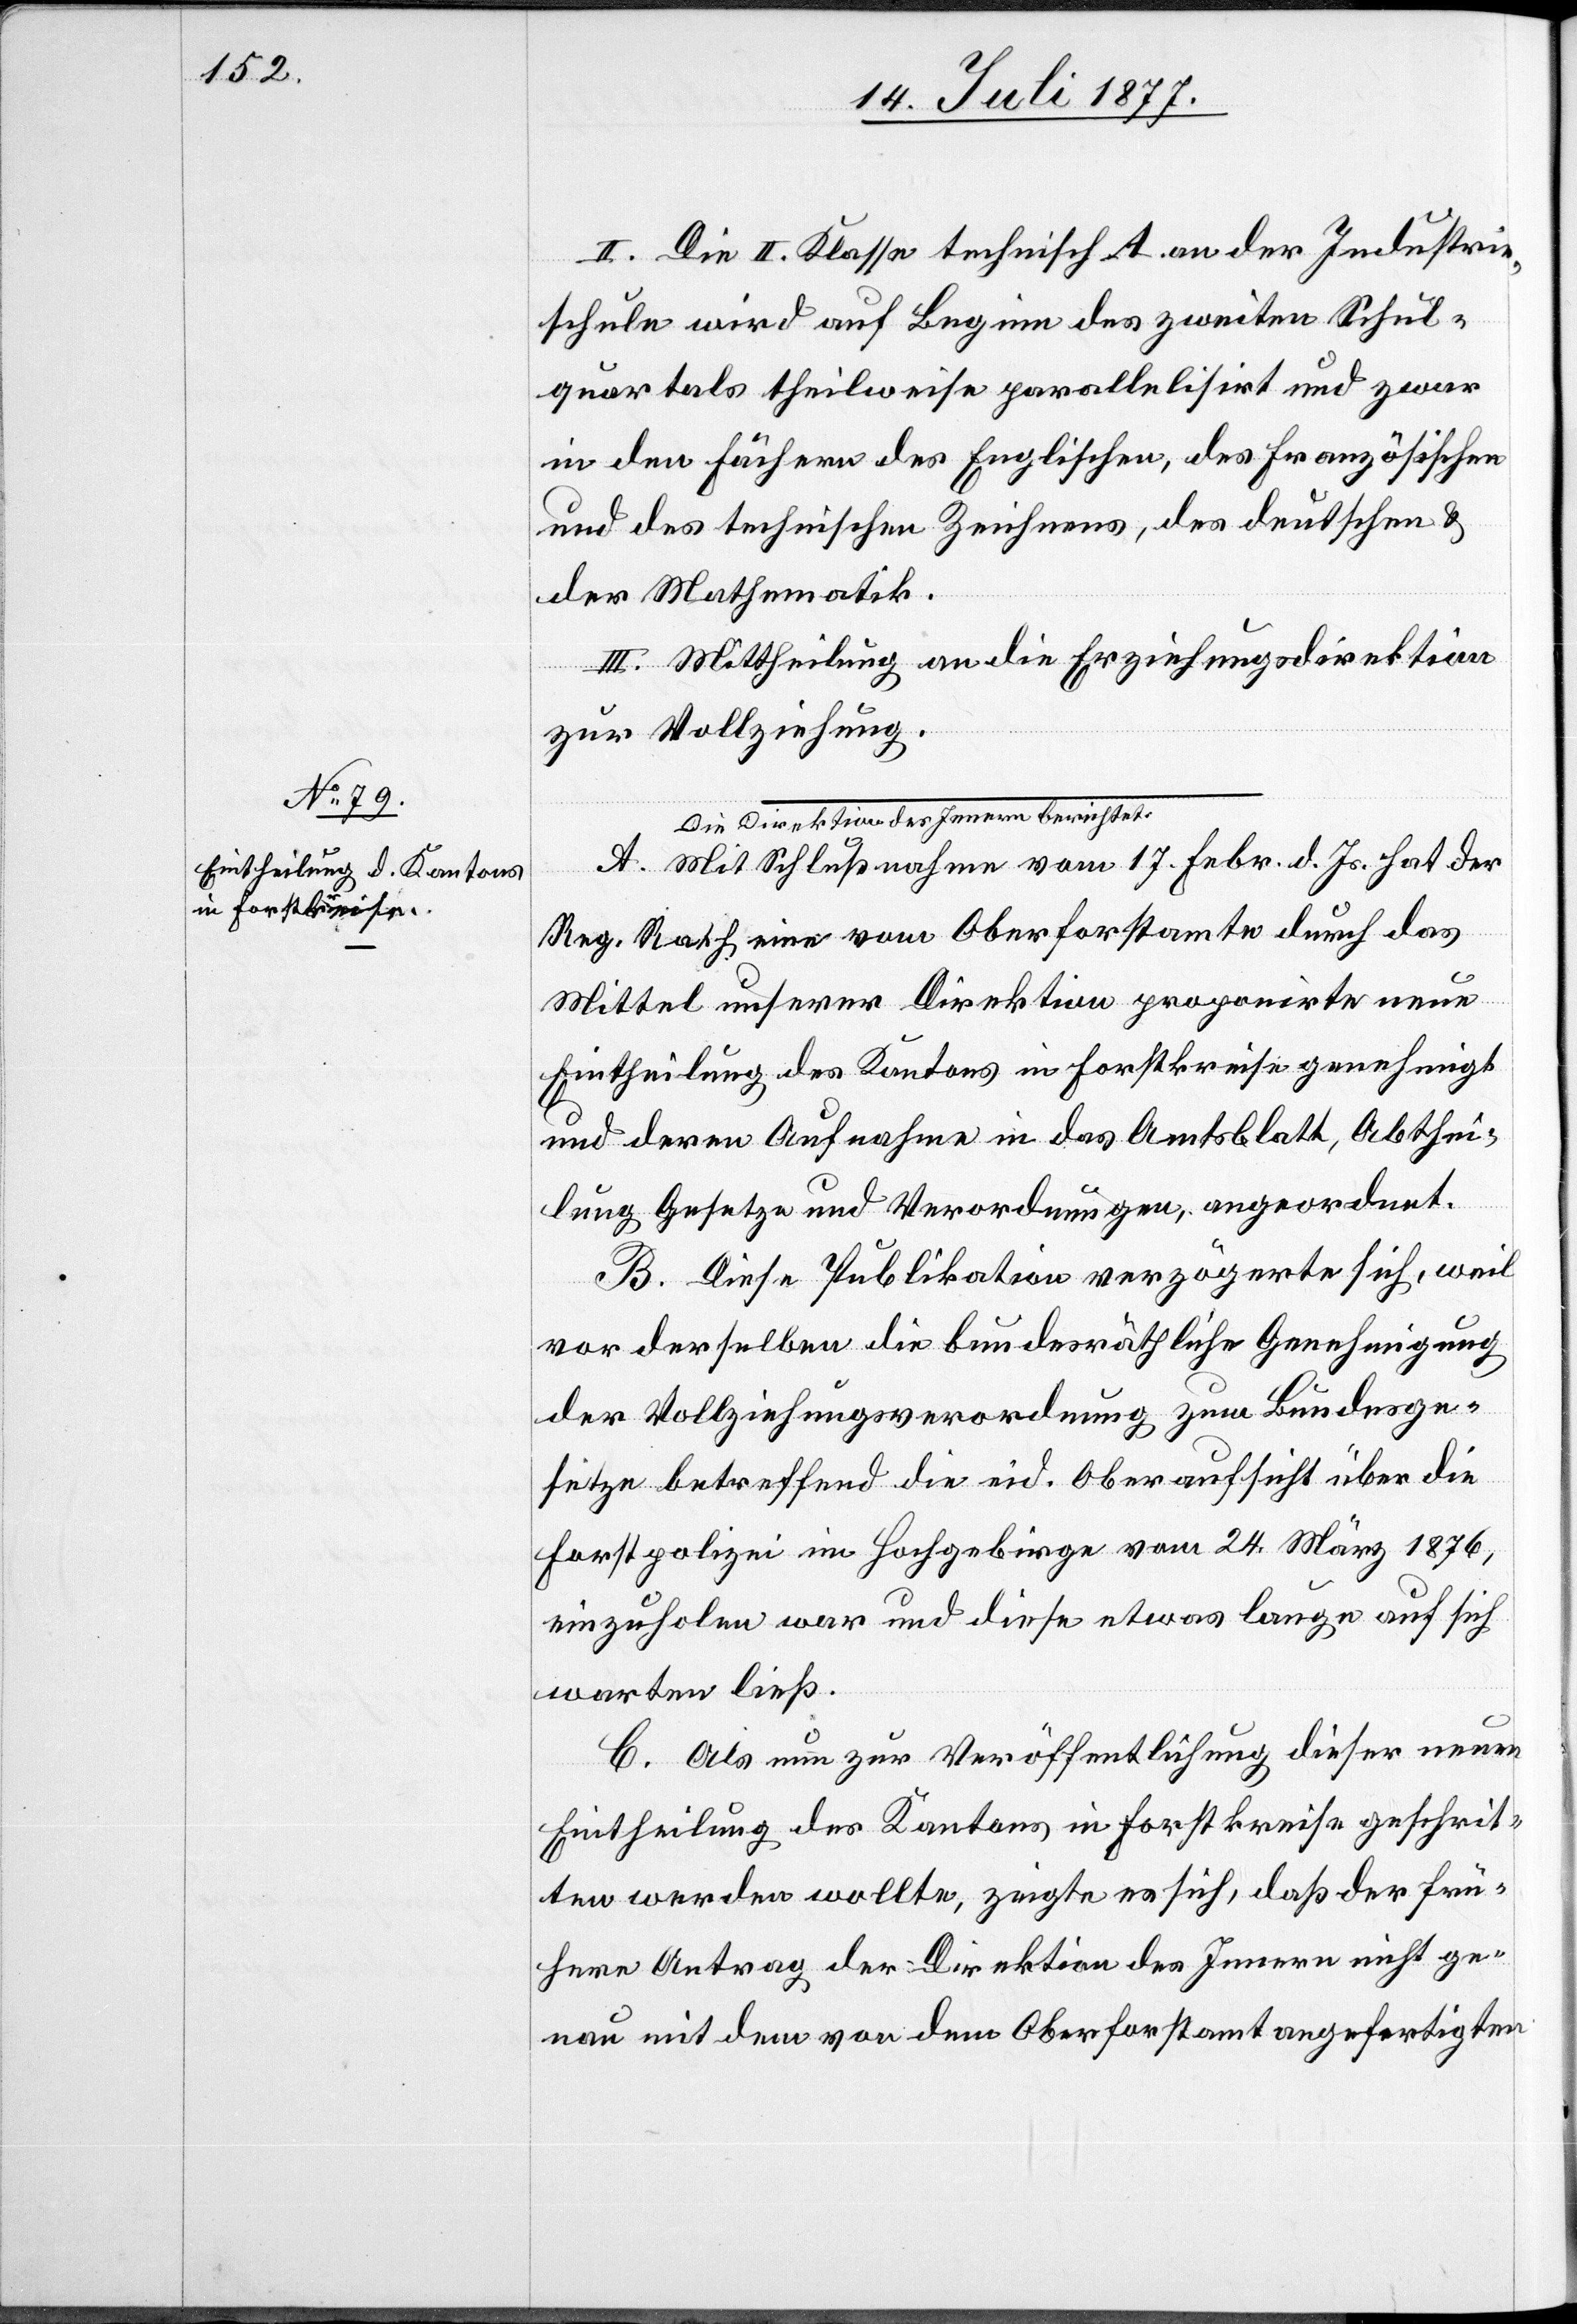
II. Die II. Klasse technisch A. an der Industrie¬
schule wird auf Beginn des zweiten Schul¬
quartals theilweise parallelisirt und zwar
in den Fächern des Englischen, des Französischen
und des technischen Zeichnens, des deutschen &
der Mathematik.
III. Mittheilung an die Erziehungsdirektion
zur Vollziehung.
a-Die Direktion des Innern berichtet:-a
A. Mit Schlußnahme vom 17. Febr. d. Js. hat der
Reg. Rath eine vom Oberforstamte durch das
Mittel unserer Direktion proponirte neue
Eintheilung des Kantons in Forstkreise genehmigt
und deren Aufnahme in das Amtsblatt, Abthei¬
lung Gesetze und Verordnungen, angeordnet.
B. Diese Publikation verzögerte sich, weil
vor derselben die bundesräthliche Genehmigung
der Vollziehungsverordnung zum Bundesge¬
setze betreffend die eid. Oberaufsicht über die
Forstpolizei im Hochgebirge vom 24. März 1876,
einzuholen war und diese etwas lange auf sich
warten ließ.
C. Als nun zur Veröffentlichung dieser neuen
Eintheilung des Kantons in Forstkreise geschrit¬
ten werden wollte, zeigte es sich, daß der frü¬
here Antrag der Direktion des Innern nicht ge¬
nau mit dem von dem Oberforstamt angefertigten